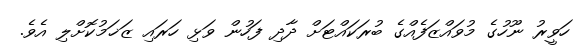
ހަވީރު ނޫހުގެ މުވައްޒަފެއްގެ ބުރަކައްޓަށް ދާދި ފަހުން ވަޅި ހަރައި ޒަޚަމުކޮށްލި އެވެ.